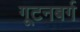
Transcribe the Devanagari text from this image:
गूटनबर्ग